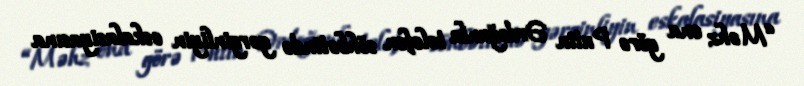
“Məhz ona görə Putin Ərdoğanla telefon söhbətində gərginliyin eskalasiyasına